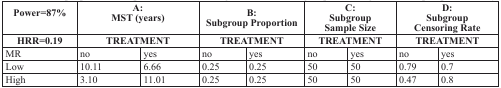
| Power=87% | <COLSPAN=2> A: MST (years) | <COLSPAN=2> B: Subgroup Proportion | <COLSPAN=2> C: Subgroup Sample Size | <COLSPAN=2> D: Subgroup Censoring Rate |
 | HRR=0.19 | <COLSPAN=2> TREATMENT | <COLSPAN=2> TREATMENT | <COLSPAN=2> TREATMENT | <COLSPAN=2> TREATMENT |
 | --- | --- | --- | --- | --- | --- | --- | --- | --- |
 | MR | no | yes | no | yes | no | yes | no | yes |
 | Low | 10.11 | 6.66 | 0.25 | 0.25 | 50 | 50 | 0.79 | 0.7 |
 | High | 3.10 | 11.01 | 0.25 | 0.25 | 50 | 50 | 0.47 | 0.8 |